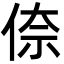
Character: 倷